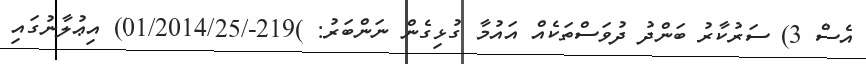
އެސް 3) ސަރުކާރު ބަންދު ދުވަސްތަކެއް އައުމާ ގުޅިގެން ނަންބަރު: )219-/01/2014/25) އިޢުލާނުގައި